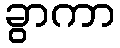
ခွာကာ